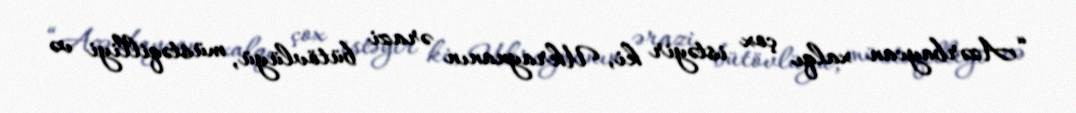
“Azərbaycan xalqı çox istəyir ki, Ukraynanın ərazi bütövlüyü, müstəqilliyi və